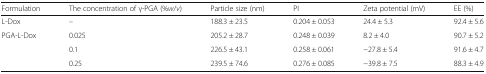
<table><thead><tr><td><b>Formulation</b></td><td><b>The concentration of γ-PGA (%<i>w</i>/<i>v</i>)</b></td><td><b>Particle size (nm)</b></td><td><b>PI</b></td><td><b>Zeta potential (mV)</b></td><td><b>EE (%)</b></td></tr></thead><tbody><tr><td>L-Dox</td><td>–</td><td>188.3 ± 23.5</td><td>0.204 ± 0.053</td><td>24.4 ± 5.3</td><td>92.4 ± 5.6</td></tr><tr><td>PGA-L-Dox</td><td>0.025</td><td>205.2 ± 28.7</td><td>0.248 ± 0.039</td><td>8.2 ± 4.0</td><td>90.7 ± 5.2</td></tr><tr><td></td><td>0.1</td><td>226.5 ± 43.1</td><td>0.258 ± 0.061</td><td>−27.8 ± 5.4</td><td>91.6 ± 4.7</td></tr><tr><td></td><td>0.25</td><td>239.5 ± 74.6</td><td>0.276 ± 0.085</td><td>−39.8 ± 7.5</td><td>88.3 ± 4.9</td></tr></tbody></table>